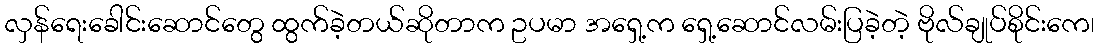
လှန်ရေးခေါင်းဆောင်တွေ ထွက်ခဲ့တယ်ဆိုတာက ဥပမာ အရှေ့က ရှေ့ဆောင်လမ်းပြခဲ့တဲ့ ဗိုလ်ချုပ်စိုင်းကေ၊